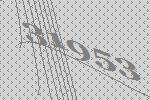
31953